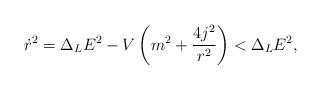
LaTeX: \begin{align*}\dot{r}^{2}=\Delta_{L}E^{2}-V\left( m^{2}+\frac{4j^{2}}{r^{2}}\right)<\Delta_{L}E^{2},\end{align*}